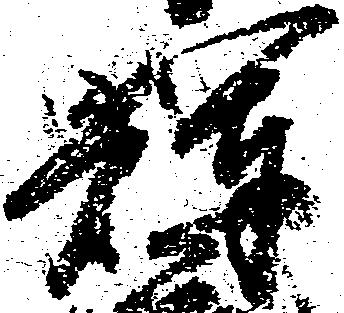
輝